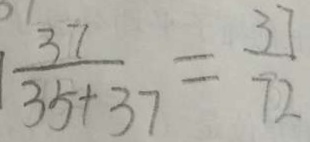
\frac { 3 7 } { 3 5 + 3 7 } = \frac { 3 7 } { 7 2 }